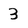
Character: 3